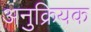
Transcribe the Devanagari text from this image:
अनुक्रियक